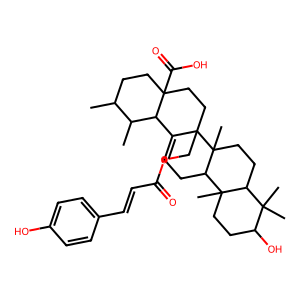
SMILES: CC1CCC2(C(=O)O)CCC3(COC(=O)C=Cc4ccc(O)cc4)C(=CCC4C5(C)CCC(O)C(C)(C)C5CCC43C)C2C1C
Inhibits HIV replication: No